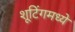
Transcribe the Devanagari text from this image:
शूटिंगमध्ये